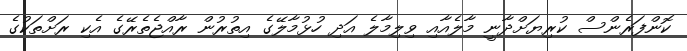
ކޮންފަރެންސް ކުރިޔަށްދާނީ މާލެއާއި ވިލިމާލެ އަދި ހުޅުމާލޭގެ އިތުރުން ރާއްޖެތެރޭގެ އެކި ރަށްތަކުގެ